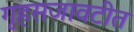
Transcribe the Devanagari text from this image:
गृहसजावटीत